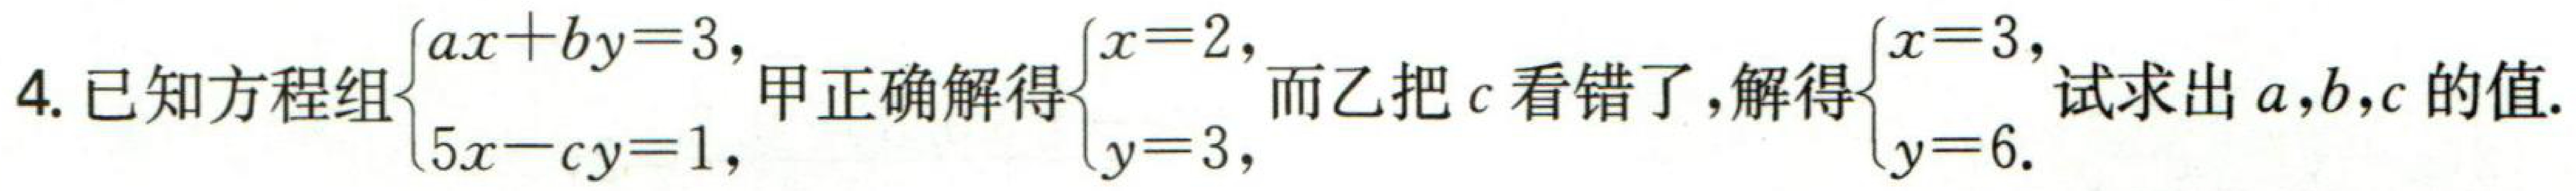
4. 已知方程组\(\begin{cases}ax + by = 3,\\5x - cy = 1,\end{cases}\)甲正确解得\(\begin{cases}x = 2,\\y = 3,\end{cases}\)而乙把\(c\)看错了，解得\(\begin{cases}x = 3,\\y = 6.\end{cases}\)试求出\(a,b,c\)的值.